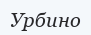
Урбино